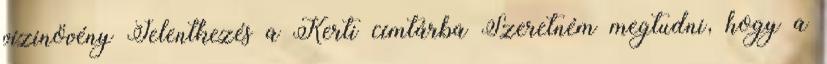
vízinövény Jelentkezés a Kerti címtárba Szeretném megtudni, hogy a